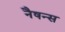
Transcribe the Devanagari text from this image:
नैषन्स